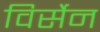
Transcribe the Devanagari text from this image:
विर्सेन